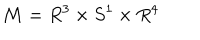
{ \cal M } = R ^ { 3 } \times S ^ { 1 } \times R ^ { 4 }